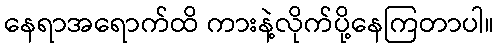
နေရာအရောက်ထိ ကားနဲ့လိုက်ပို့နေကြတာပါ။